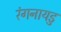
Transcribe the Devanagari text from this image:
रंगनायडु